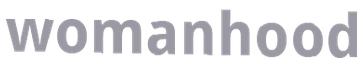
womanhood